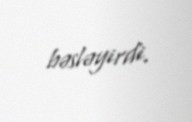
bəsləyirdi.